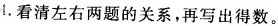
4.看清左右两题的关系，再写出得数。